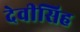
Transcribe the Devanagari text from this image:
देवीसिह